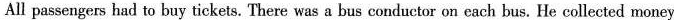
All passengers had to buy tickets. There was a bus conductor on each bus. He collected money